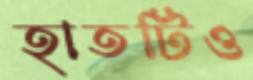
হাতটিও